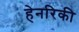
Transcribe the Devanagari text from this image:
हेनरिकी